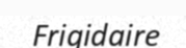
Frigidaire